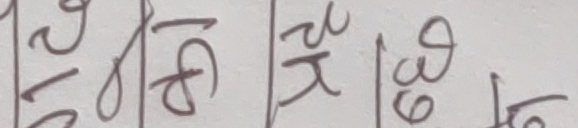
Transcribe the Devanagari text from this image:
खुइ ठ खु ३६ तो